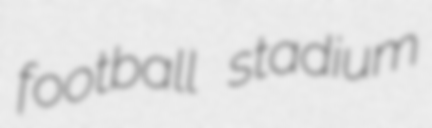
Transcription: football stadium